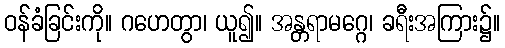
ဝန်ခံခြင်းကို။ ဂဟေတွာ၊ ယူ၍။ အန္တရာမဂ္ဂေ၊ ခရီးအကြား၌။